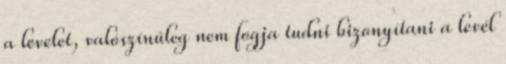
a levelet, valószínűleg nem fogja tudni bizonyítani a levél